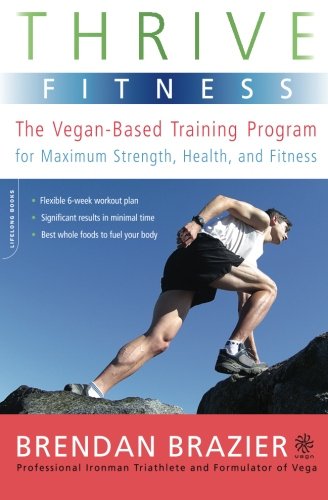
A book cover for Thrive Fitness: The Vegan-Based Training Program for Maximum Strength, Health, and Fitness; Brendan Brazier; Health, Fitness & Dieting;